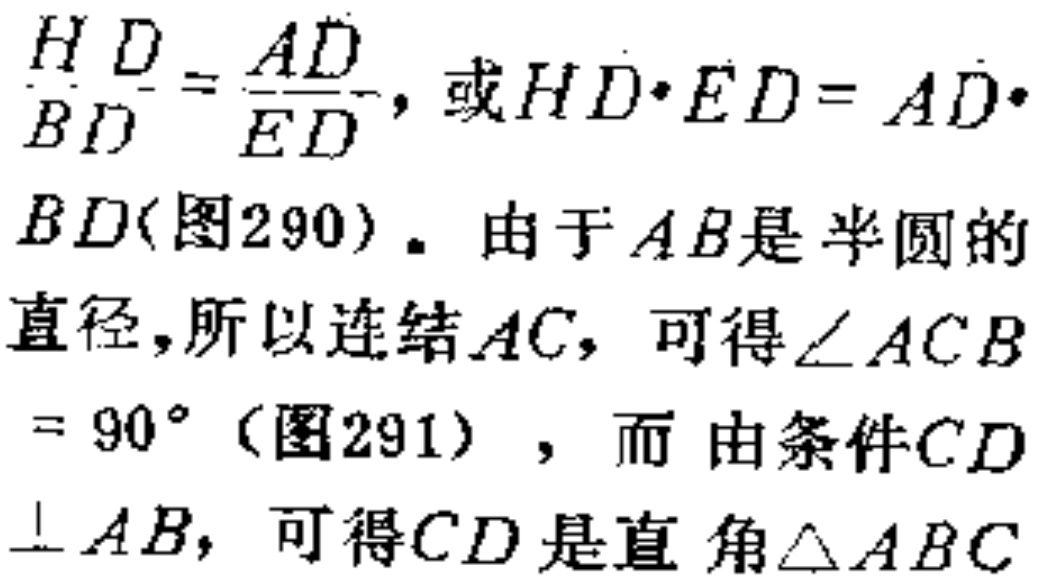
$\frac{HD}{BD}=\frac{AD}{ED}，或HD\cdot ED = AD\cdot BD(图290)。由于AB是半圆的直径,所以连结AC，可得\angle ACB = 90^{\circ}(图291)，而由条件CD\perp AB，可得CD是直角\triangle ABC$